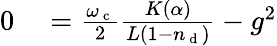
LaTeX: \begin{array}{rl}{0}&{{}=\frac{\omega_{\mathrm{~c~}}}{2}\frac{K(\alpha)}{L(1-n_{\mathrm{~d~}})}-g^{2}}\end{array}